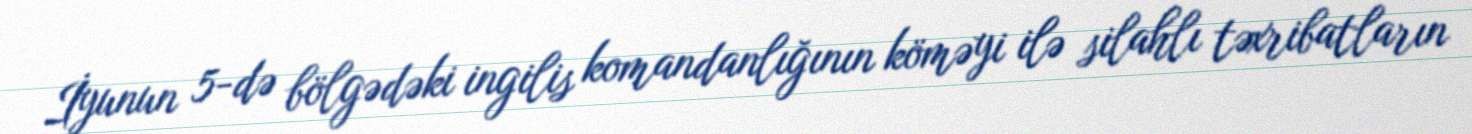
İyunun 5-də bölgədəki ingilis komandanlığının köməyi ilə silahlı təxribatların